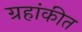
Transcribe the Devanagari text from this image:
ग्रहांकीत